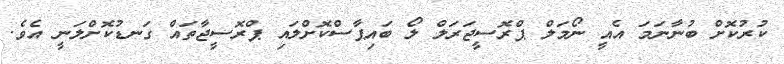
ކުރުކޮށް ބުނާނަމަ އެއީ ނޯމަލް ޕްރޮސީޖަރަލް ލޯ ބައިޕާސްކޮށްލައި ޕްރޮސީޖާތައް ގަނޑުކޮށްލަނީ އެވެ.